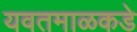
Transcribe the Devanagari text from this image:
यवतमाळकडे